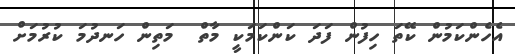
އެހެންކަމުން ކޭތަ ހިފުން ފަދަ ކަންކަމަކީ މާތް  މަތިން ހަނދުމަ ކުރުމަށް